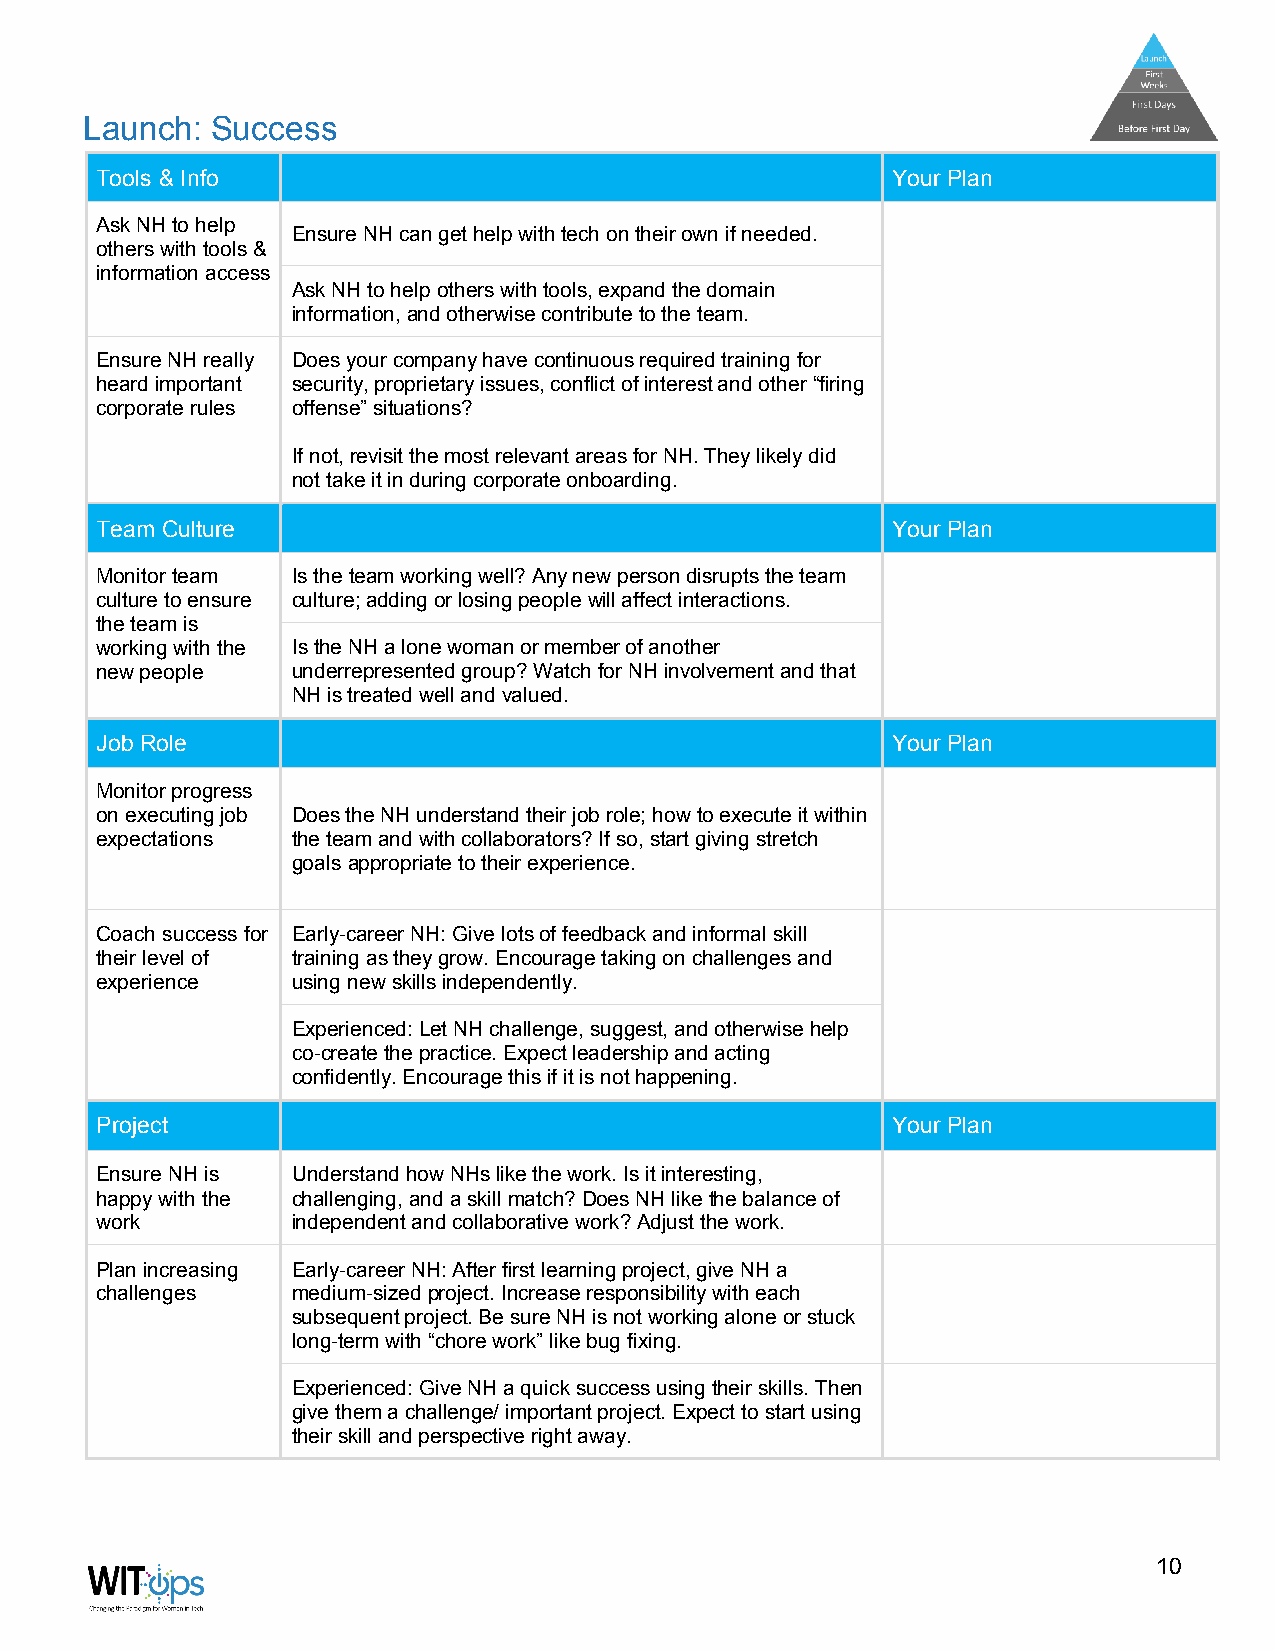
Launch: Success
 Tools & Info                                         Your Plan
 Ask NH to help
 Ensure NH can get help with tech on their own if needed.
 others with tools &
 information access
 Ask NH to help others with tools, expand the domain
 information, and otherwise contribute to the team.
 Ensure NH really Does your company have continuous required training for
 heard important security, proprietary issues, conflict of interest and other “firing
 corporate rules offense” situations?
 If not, revisit the most relevant areas for NH. They likely did
 not take it in during corporate onboarding.
 Team Culture                                         Your Plan
 Monitor team Is the team working well? Any new person disrupts the team
 culture to ensure culture; adding or losing people will affect interactions.
 the team is
 working with the Is the NH a lone woman or member of another
 new people   underrepresented group? Watch for NH involvement and that
 NH is treated well and valued.
 Job Role                                             Your Plan
 Monitor progress
 on executing job Does the NH understand their job role; how to execute it within
 expectations the team and with collaborators? If so, start giving stretch
 goals appropriate to their experience.
 Coach success for Early-career NH: Give lots of feedback and informal skill
 their level of training as they grow. Encourage taking on challenges and
 experience   using new skills independently.
 Experienced: Let NH challenge, suggest, and otherwise help
 co-create the practice. Expect leadership and acting
 confidently. Encourage this if it is not happening.
 Project                                              Your Plan
 Ensure NH is Understand how NHs like the work. Is it interesting,
 happy with the challenging, and a skill match? Does NH like the balance of
 work         independent and collaborative work? Adjust the work.
 Plan increasing Early-career NH: After first learning project, give NH a
 challenges   medium-sized project. Increase responsibility with each
 subsequent project. Be sure NH is not working alone or stuck
 long-term with “chore work” like bug fixing.
 Experienced: Give NH a quick success using their skills. Then
 give them a challenge/ important project. Expect to start using
 their skill and perspective right away.
 10